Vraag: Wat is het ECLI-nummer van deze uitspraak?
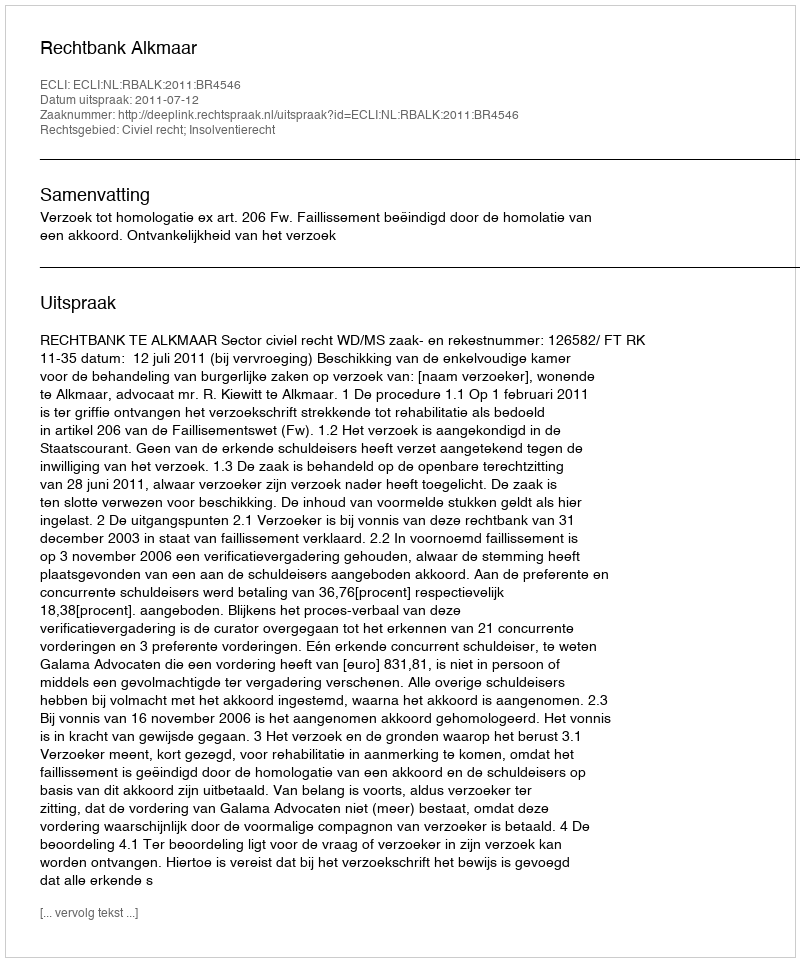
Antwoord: ECLI:NL:RBALK:2011:BR4546